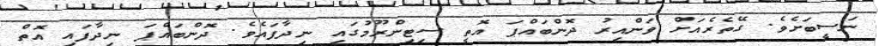
ނަސީބަށެވެ. ގޭތެރެއަށް ވަންއިރު ދޮންބައްޕަ އޮތީ ސިޓިންރޫމުގައި ނިދާފައެވެ. ދޮންބައްޕަ ނިދާފައި އޮތް